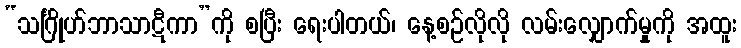
“သင်္ဂြိုဟ်ဘာသာဋီကာ”ကို စပြီး ရေးပါတယ်၊ နေ့စဉ်လိုလို လမ်းလျှောက်မှုကို အထူး